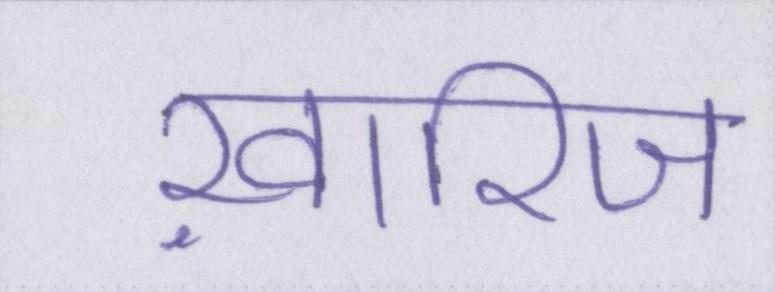
ख़ारिज